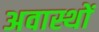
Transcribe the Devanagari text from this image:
अवास्थों